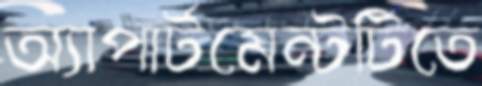
অ্যাপার্টমেন্টটিতে